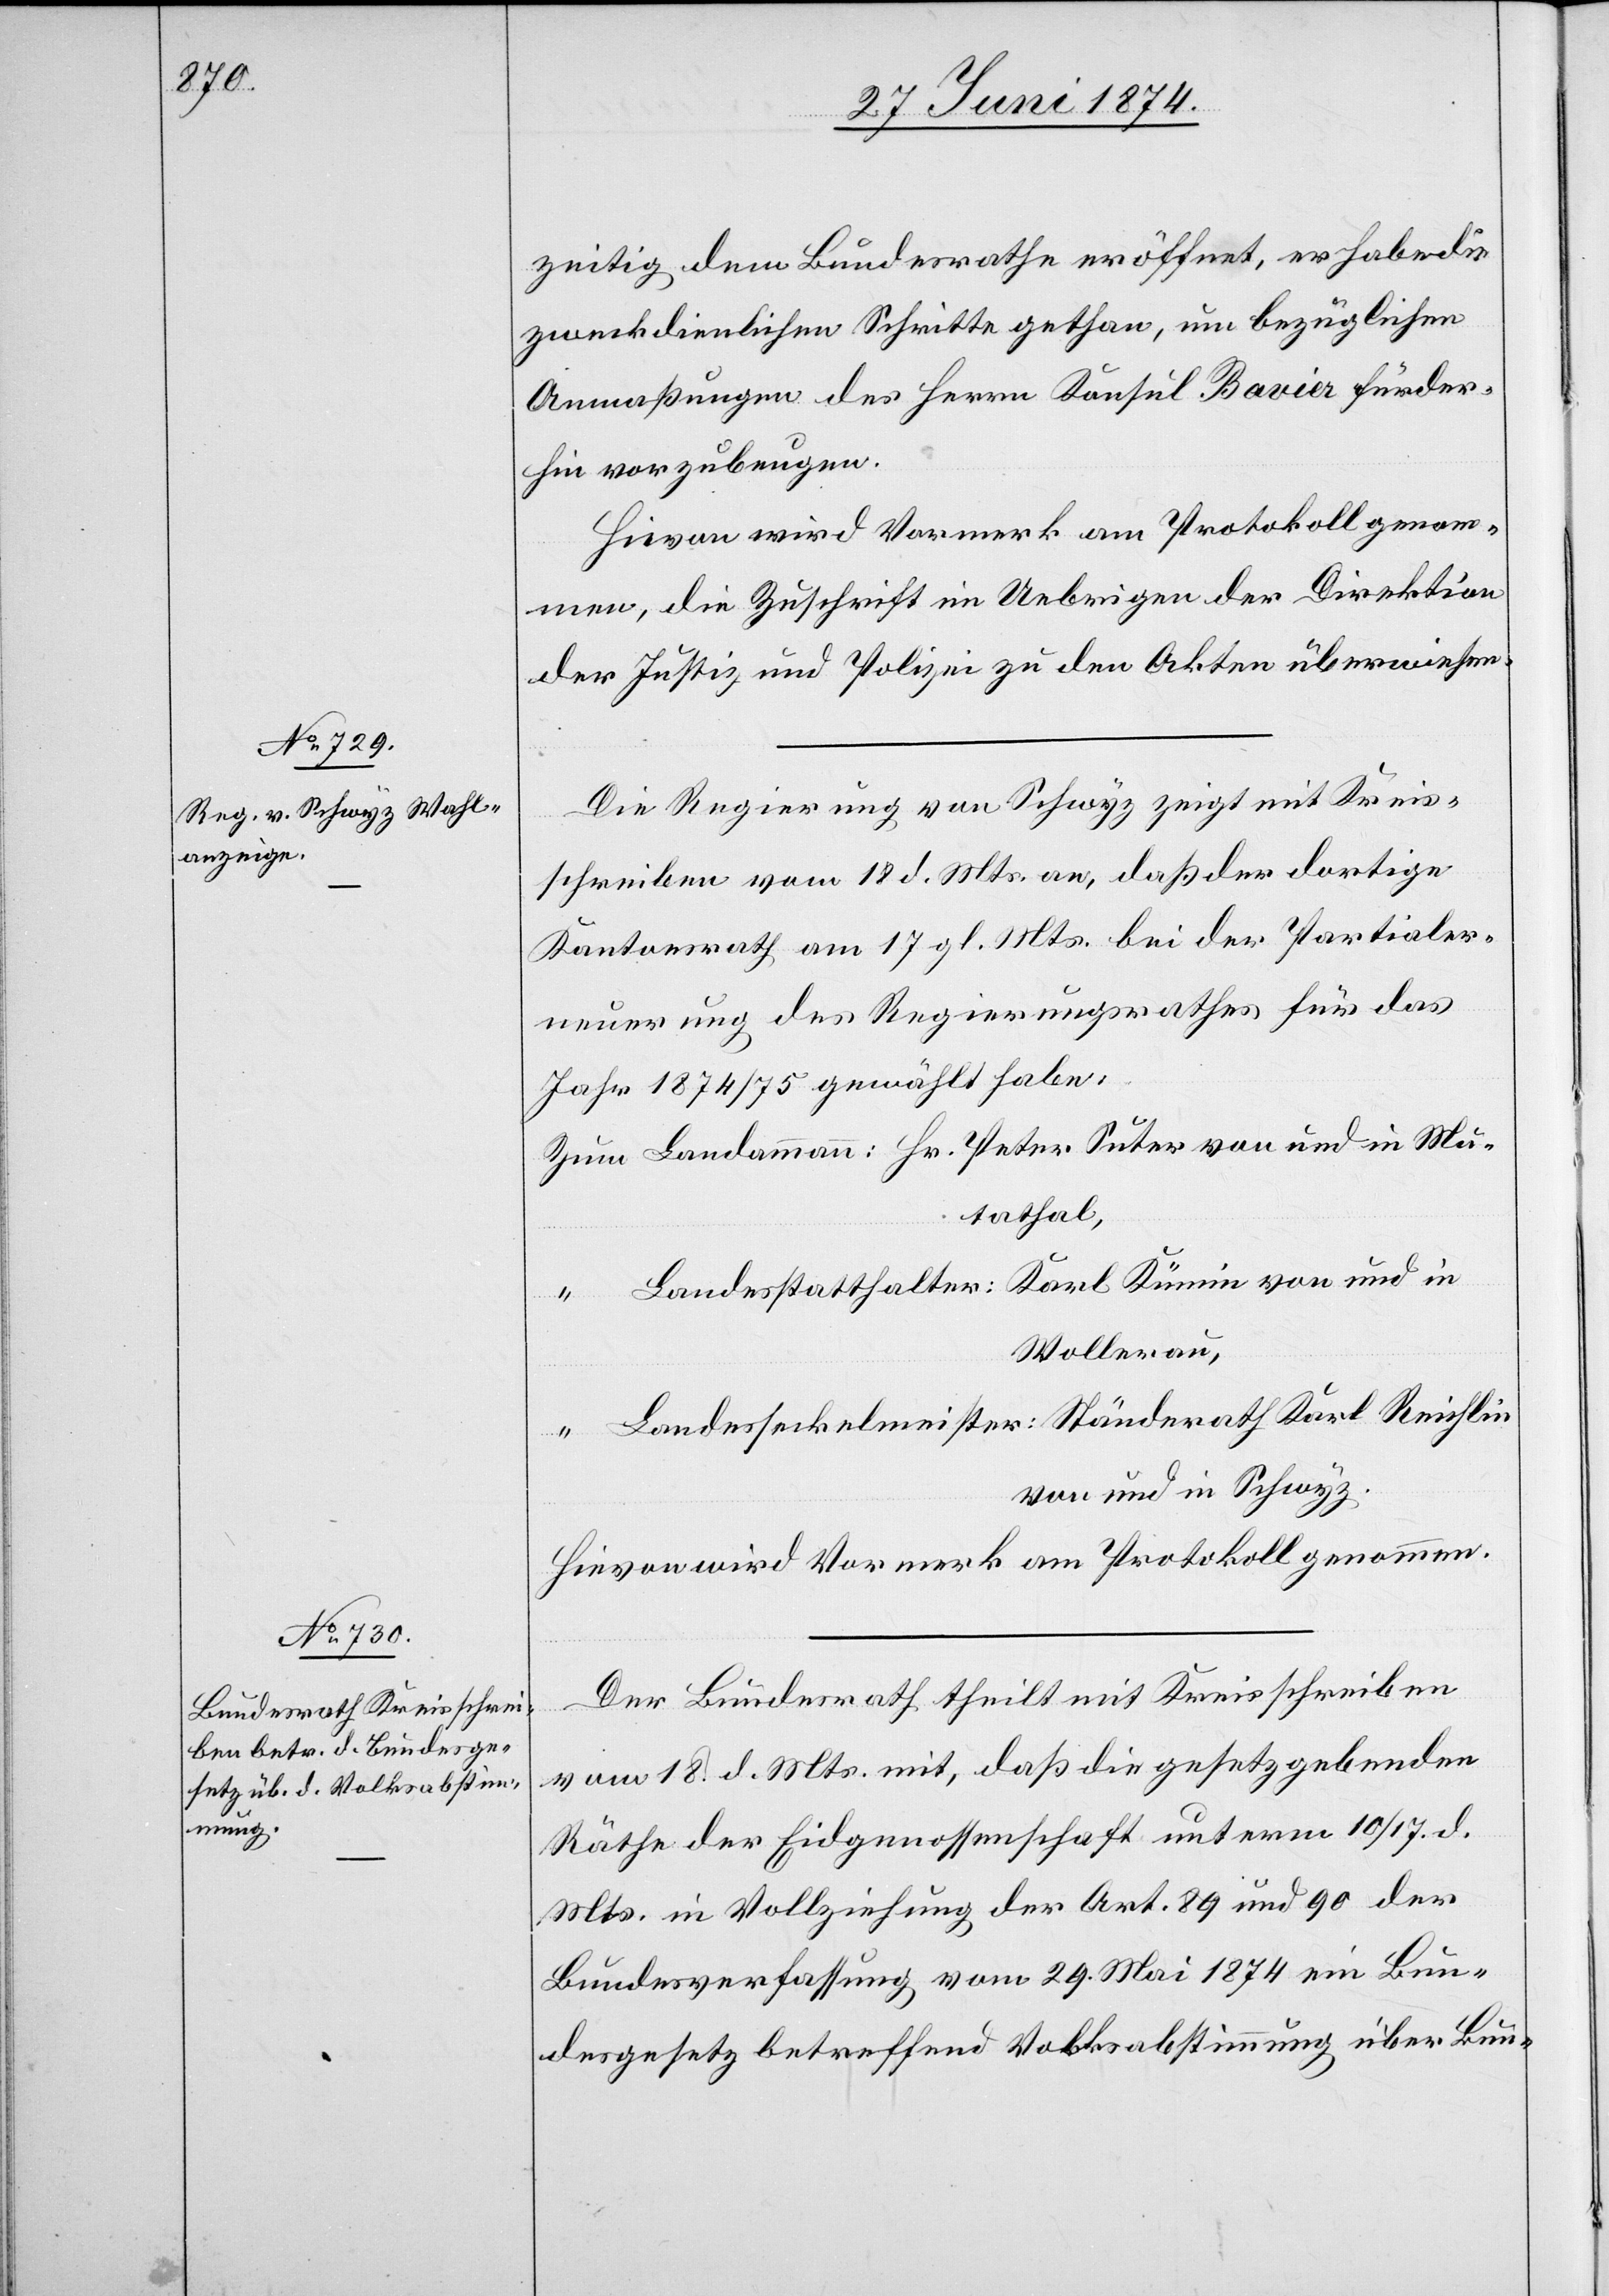
zeitig dem Bundesrathe eröffnet, er habe die
zweckdienlichen Schritte gethan, um bezüglichen
Anmaßungen des Herrn Konsul Bovier fürder¬
hin vorzubeugen.
Hievon wird Vormerk am Protokoll genom¬
men, die Zuschrift im Uebrigen der Direktion
der Justiz und Polizei zu den Akten überwiesen.
Die Regierung von Schwyz zeigt mit Kreis¬
schreiben vom 18. d. Mts. an, daß der dortige
Kantonsrath am 17. gl. Mts. bei der Partialer¬
neuerung des Regierungsrathes für das
Jahr 1874/75 gewählt habe:
Zum Landammann: Hr. Peter Suter von und in Mu¬
otathal,
“ Landesstatthalter: Karl Kümin von und in
Wollerau,
“ Landesseckelmeister: Ständerath Karl Reichlin
von und in Schwyz.
Hievon wird Vormerk am Protokoll genommen.
Der Bundesrath theilt mit Kreisschreiben
vom 18. d. Mts. mit, daß die gesetzgebenden
Räthe der Eidgenossenschaft unterm 10./17. d.
Mts. in Vollziehung der Art. 89 und 90 der
Bundesverfassung vom 29. Mai 1874 ein Bun¬
desgesetz betreffend Volksabstimmung über Bun-